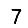
Digit: 7